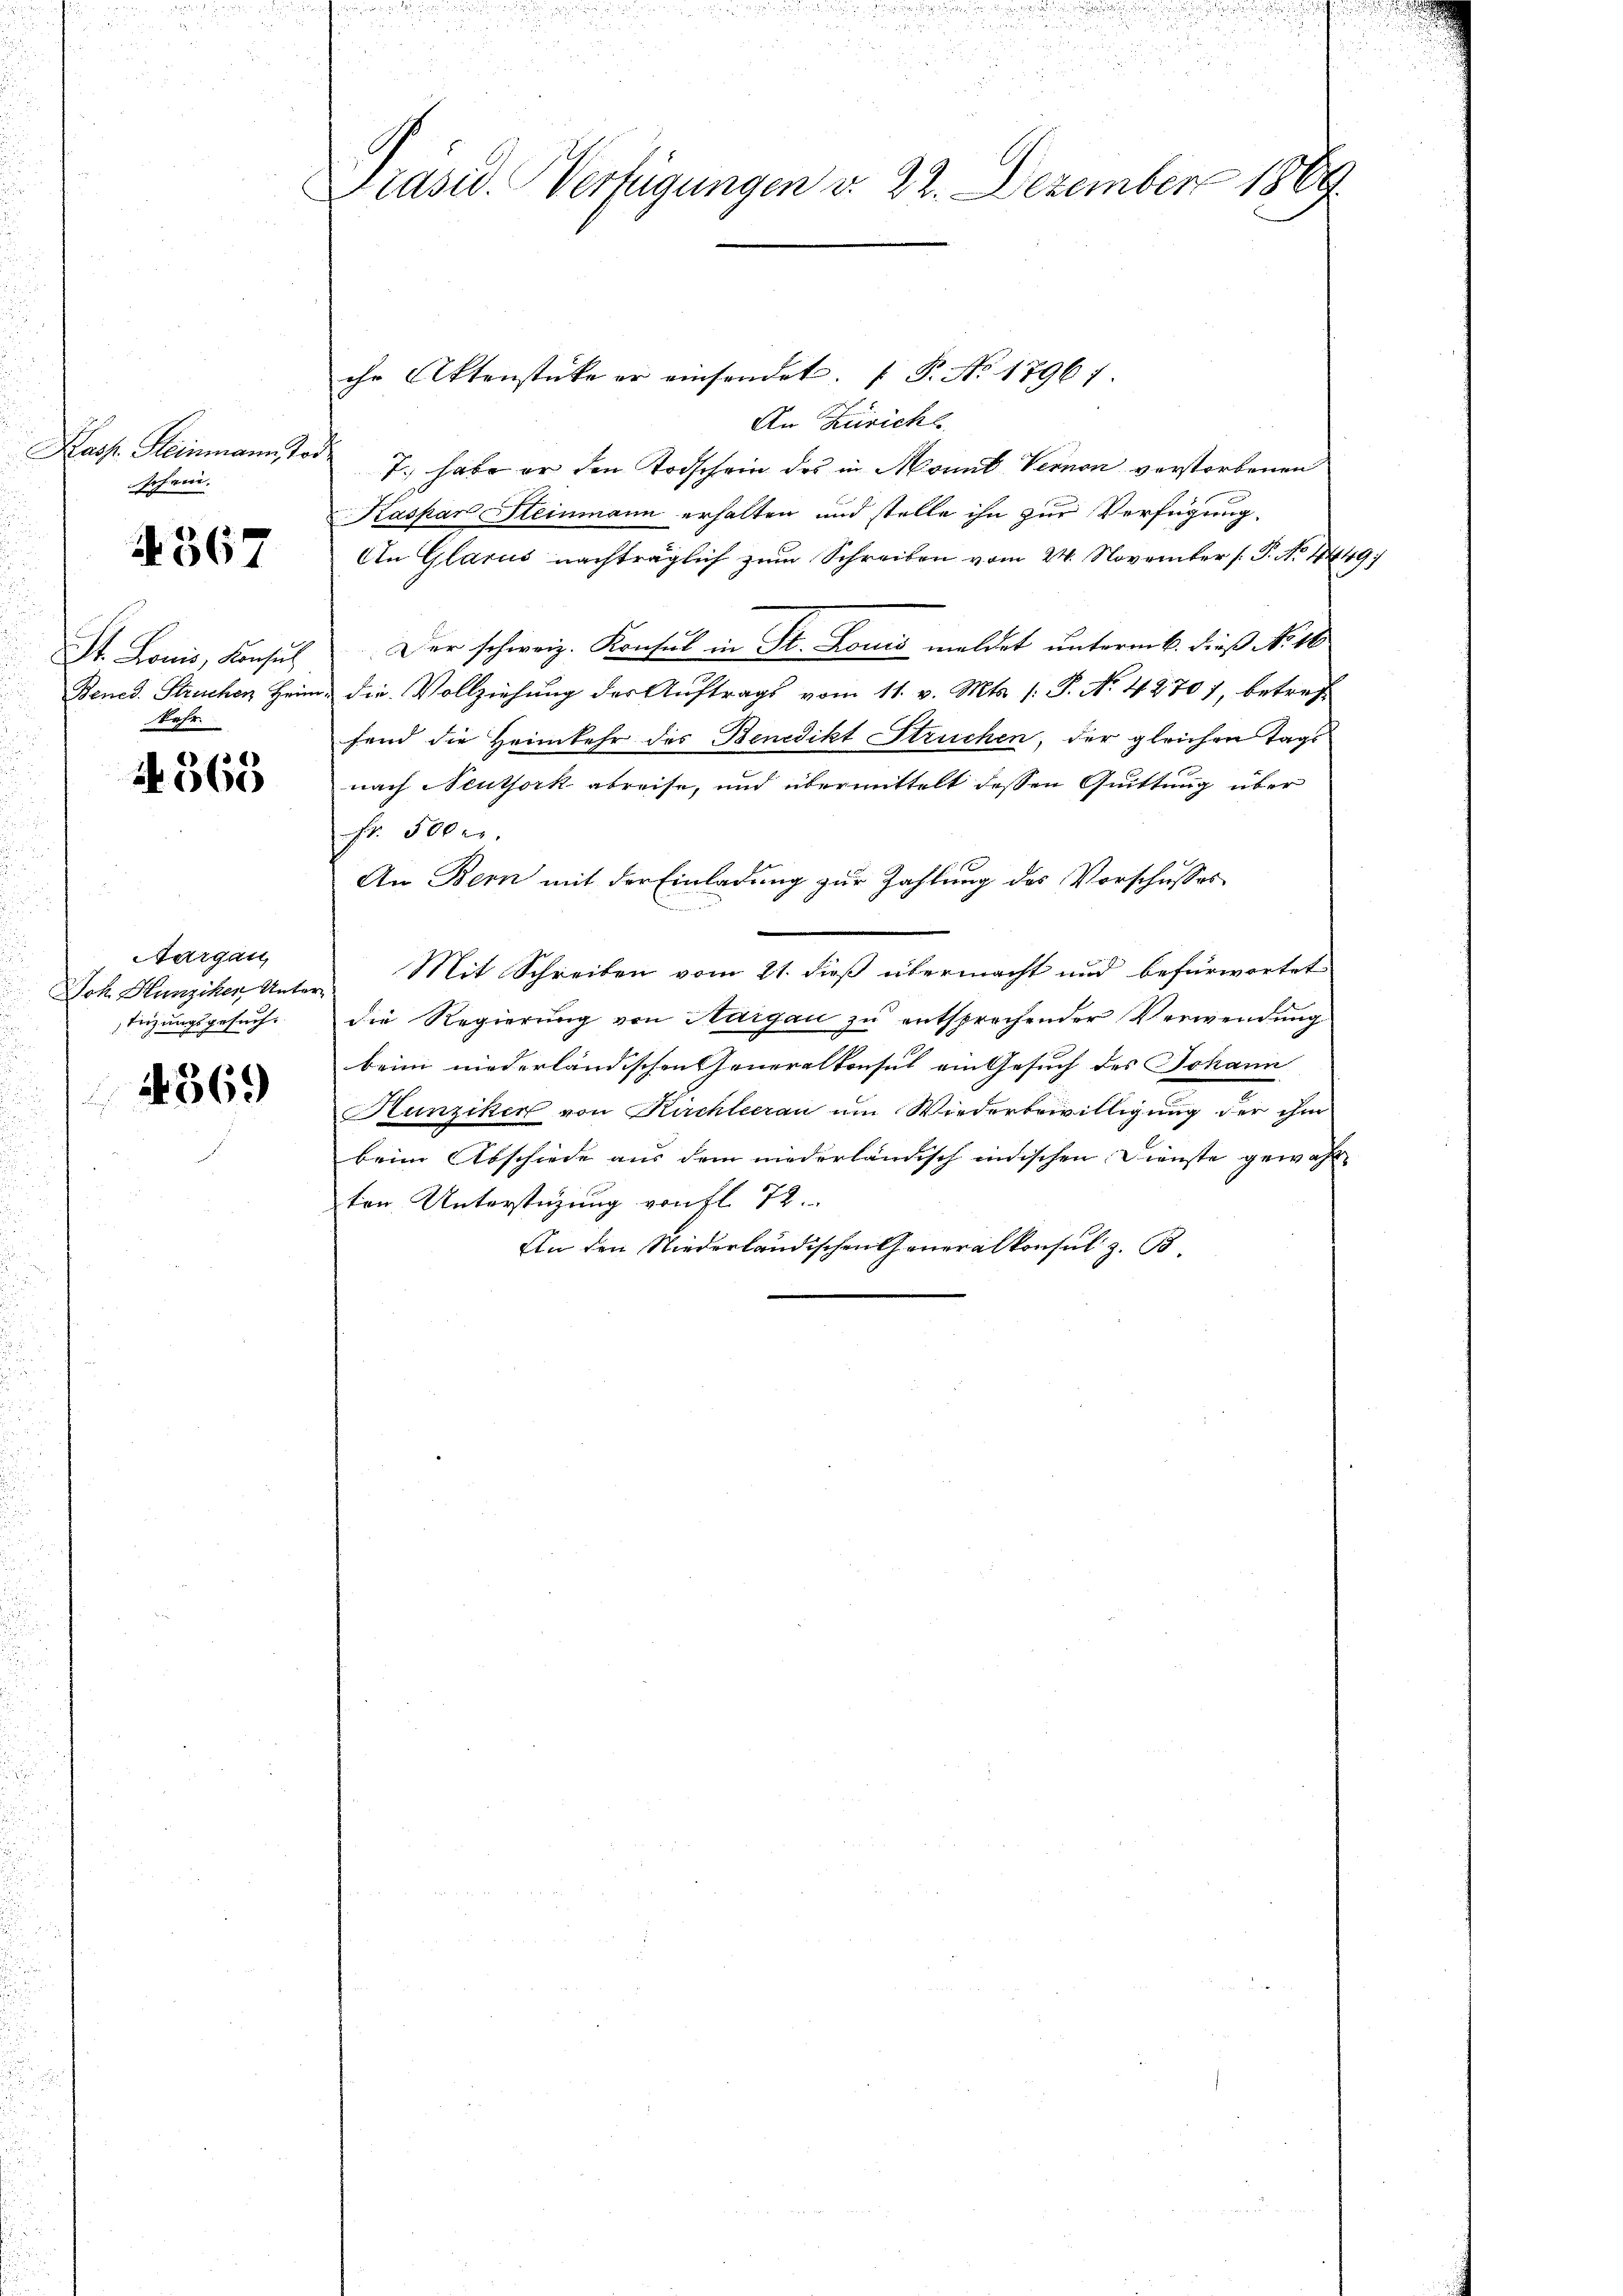
Kass. Steinmann Tode
schein.

567

St. Louis, Konsul
Mahr.

if. 565

Aargau
Joh. Hunziker, Untertezungsgesuch.

4369

u
Präsid. Verfügungen d. 22. Dezember 1889

ihr Aktenstücke er einsendet. (T. No 1796 1
An Züricht
7., habe er den Todschein des in Monnt. Vernen verstorbenen
Kaspar Steinmann erhalten und stelle ihn zur Verfügung.
An Glarus nachträglich zum Schreiben vom 24. November [P. No 1449
Der schweiz. Konsul in St. Louis meldet unterm 6. dieß No. 18
Bened. Streichen Heim, die Vollziehung der Auftrags vom 11. v. Mts. 1. P. No. 42707, betref
fend die Heimkehr des Benedikt Struchen, der gleichen Tags
nach Neuthork abreise, und übermittelt dessen Quittung über
Fr. 500 er
An Bern mit der Einladung zur Zahlung des Vorschusses
Mit Schreiben vom 21. dieß übermacht und befürwortet
die Regierung von Hargau zu entsprochender Verwendung
beim niederländischen Generalkonsul ein Gesuch des Johann
Hunziker von Kirchleerau um Wiederbewilligung der ihm
beim Abschiede aus dem niederländisch indischen Dienste gewähl
ten Unterstüzung von fl. 72.
An den Niederländischen Generalkonsul z. B.